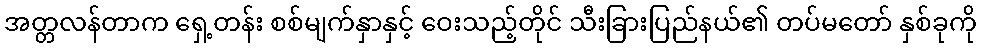
အတ္တလန်တာက ရှေ့တန်း စစ်မျက်နှာနှင့် ဝေးသည့်တိုင် သီးခြားပြည်နယ်၏ တပ်မတော် နှစ်ခုကို